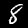
Digit: 8